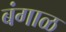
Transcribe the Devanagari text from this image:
बंगाळ